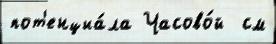
пот'енциа́ла Часово́й  см